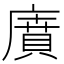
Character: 𢊱